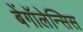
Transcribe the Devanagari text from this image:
बेंगॉलेन्सिस